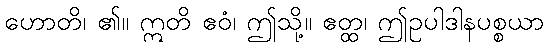
ဟောတိ၊ ၏။ ဣတိ ဧဝံ၊ ဤသို့။ ဧတ္ထ၊ ဤဥပါဒါနပစ္စယာ